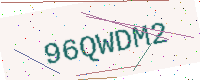
Text: 96QWDM2